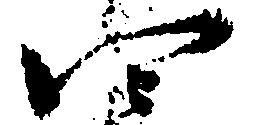
四